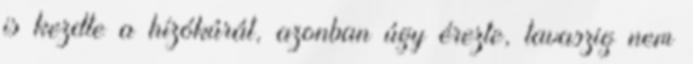
is kezdte a hízókúrát, azonban úgy érezte, tavaszig nem